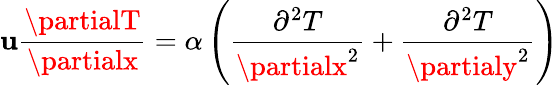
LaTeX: \mathbf{u}\frac{{\partialT}}{{\partialx}}=\alpha\left(\frac{{\partial^{2}T}}{{\partialx^{2}}}+\frac{{\partial^{2}T}}{{\partialy^{2}}}\right)